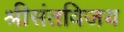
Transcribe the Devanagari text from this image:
श्रीसंतविजय